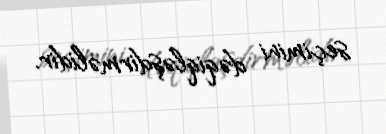
seçimini dəqiqləşdirməlidir.